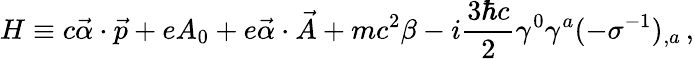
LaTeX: H\equiv c\vec{\alpha}\cdot\vec{p}+eA_{0}+e\vec{\alpha}\cdot\vec{A}+mc^{2}\beta-i\frac{3\hbar c}{2}\gamma^{0}\gamma^{a}(-\sigma^{-1})_{,a}\, {,}